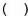
()